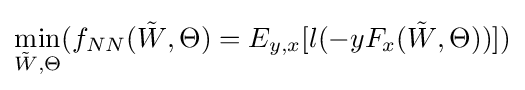
\min _{{\tilde {W}},\Theta }(f_{NN}({\tilde {W}},\Theta )=E_{y,x}[l(-yF_{x}({\tilde {W}},\Theta ))])